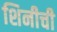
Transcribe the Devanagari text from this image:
शिनीची